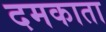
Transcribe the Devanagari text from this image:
दमकाता